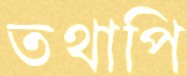
তথাপি